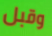
وقبل